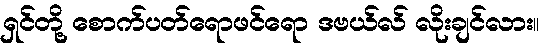
ရှင်တို့ စောက်ပတ်ရောဖင်ရော ဒဗယ်လ် လိုးချင်လား။